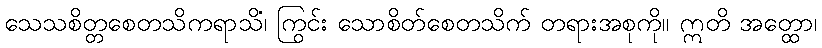
သေသစိတ္တစေတသိကရာသိံ၊ ကြွင်း သောစိတ်စေတသိက် တရားအစုကို။ ဣတိ အတ္ထော၊